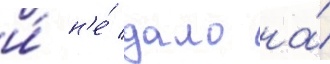
и́ н'е́ дало на́